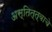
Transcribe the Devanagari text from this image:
अस्तित्त्वाचे